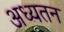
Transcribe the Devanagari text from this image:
अध्यतन